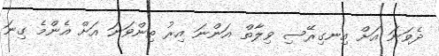
ދެވަނަ އަށް އިނގިރޭސި ވިލާތް އަންނަ އިރު ތިންވަނަ އަށް އެންމެ ގިނަ